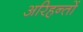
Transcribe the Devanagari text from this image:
अरिहन्तों